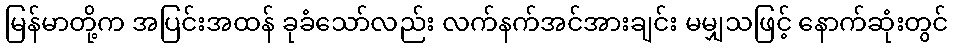
မြန်မာတို့က အပြင်းအထန် ခုခံသော်လည်း လက်နက်အင်အားချင်း မမျှသဖြင့် နောက်ဆုံးတွင်